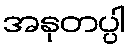
အနုတပ္ပါ